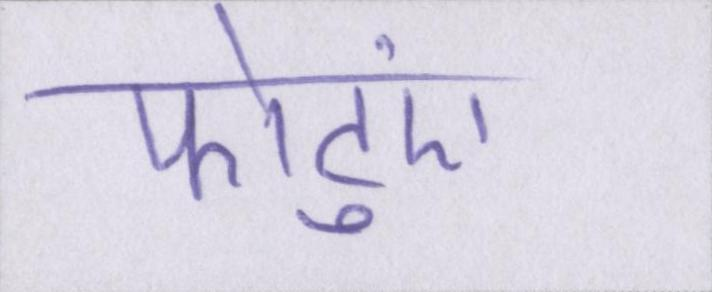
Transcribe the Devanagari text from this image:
फोटुएं